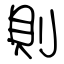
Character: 則